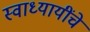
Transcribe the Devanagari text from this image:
स्वाध्यायींचे